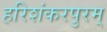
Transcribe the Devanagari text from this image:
हरिशंकरपुरम्